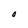
Character: o